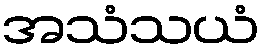
အသံသယံ